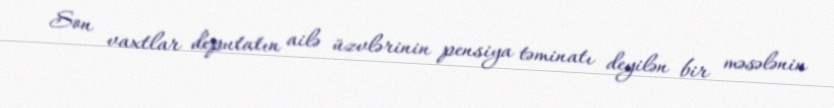
Son vaxtlar deputatın ailə üzvlərinin pensiya təminatı deyilən bir məsələnin